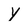
Character: y